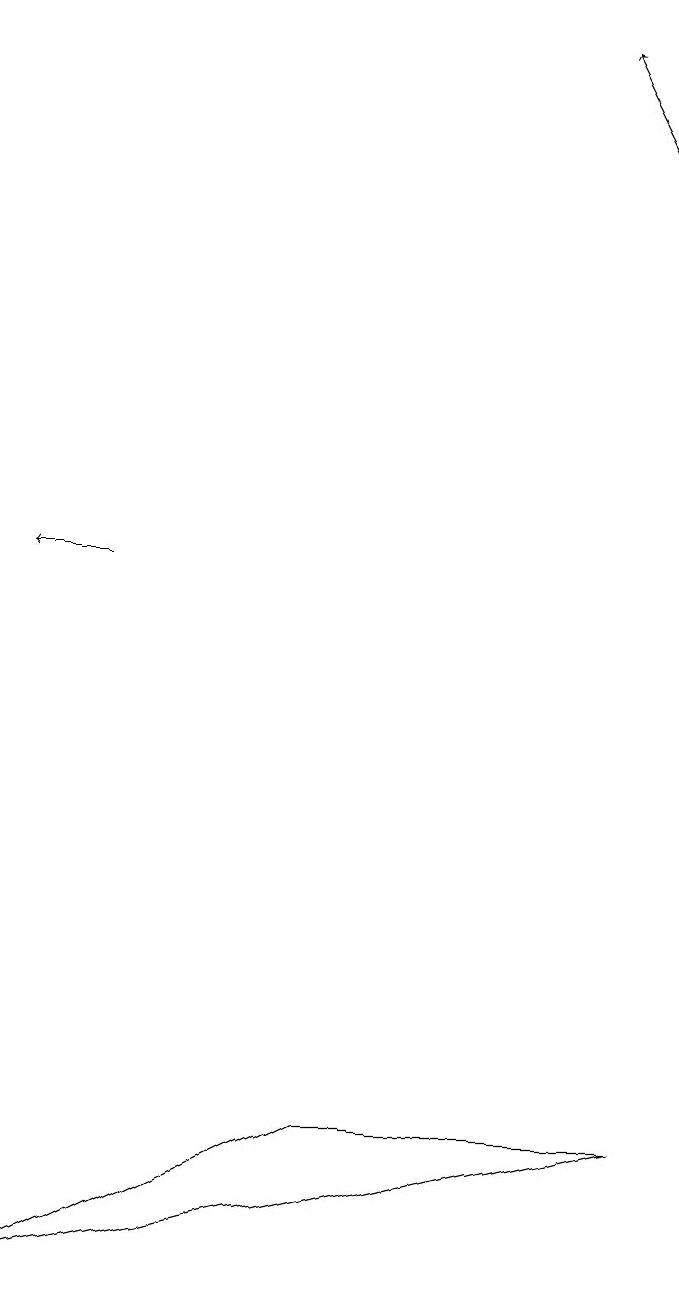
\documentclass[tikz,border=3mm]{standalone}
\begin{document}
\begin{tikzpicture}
\draw[->] (1,11) -- (0,11);
\draw[->] (8,16) -- (7,18);
\draw (4,4) -- (8,4) -- (0,2) -- cycle;
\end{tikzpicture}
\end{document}